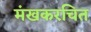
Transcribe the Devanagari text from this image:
मंखकरचित